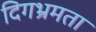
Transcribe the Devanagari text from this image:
दिगभ्रमता